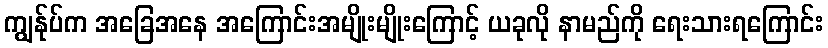
ကျွန်ုပ်က အခြေအနေ အကြောင်းအမျိုးမျိုးကြောင့် ယခုလို နာမည်ကို ရေးသားရကြောင်း